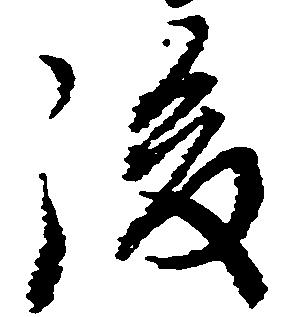
後